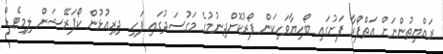
ރައްޔިތުންނަށް އަތްފޯރާ ފަށުގައި ބޯހިޔާވަހިކަން ފޯރުކޮށްދިނުމުގެ މަގުސަދުގައި ފަހި ދިރިއުޅުން ކޯޕަރޭޝަން ލިމިޓެޑް